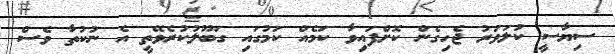
ސިޔާސީ ކުލަވަރު ޖެހިގެން ކޮށްފައިވާ ކަމެއް ކަމުގައި ގަބޫލުކުރެވޭތީ އެ ނުކުތާ ވެސް